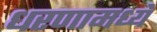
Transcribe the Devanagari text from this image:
धरणामध्ये